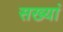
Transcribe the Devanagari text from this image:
सख्यां